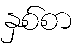
နှစ်စာ